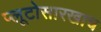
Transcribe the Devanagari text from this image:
प्लूटोसारखाच